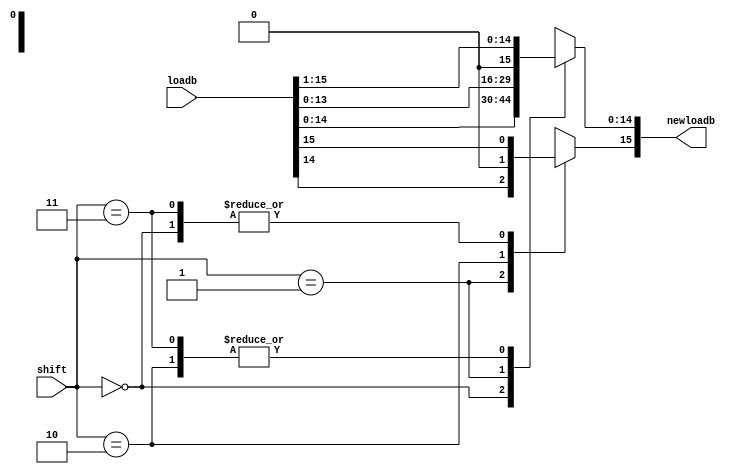
module shifter (loadb, shift, newloadb);
  input [15:0] loadb;
  input [1:0] shift;
  output [15:0] newloadb;
  reg [15:0] newloadb;

  always @(*) begin
    case(shift)
    2'b00 : {newloadb}={loadb};
    2'b01 : {newloadb[15:1],newloadb[0]}={loadb[14:0],1'b0};
    2'b10 : {newloadb[14:0],newloadb[15]}={loadb[15:1],1'b0};
    2'b11 : {newloadb[14:0],newloadb[15]}={loadb[15:1],loadb[15]};
    endcase
  end
endmodule


module shifter_tb();
  reg [15:0] loadb;
  reg [1:0] shift;
  wire [15:0] newloadb;

  shifter dut(loadb,shift,newloadb);

  initial begin
  loadb=16'b0000100001000111; shift=2'b00;
  #100
  loadb=16'b1110001000100011; shift=2'b01;
  #100
  loadb=16'b1110000111011101; shift=2'b10;
  #100
  loadb=16'b1110100001000100; shift=2'b11;
  #100
  loadb=16'b0110100001000100; shift=2'b11;
  #100;
  loadb=16'b1111111111111111; shift=2'b10;
  #100;
  loadb=16'b1111111111111111; shift=2'b01;
  #100;
  loadb=16'b1110100001000101; shift=2'b11;
  #100;
  end
endmodule